Indian Medical Review
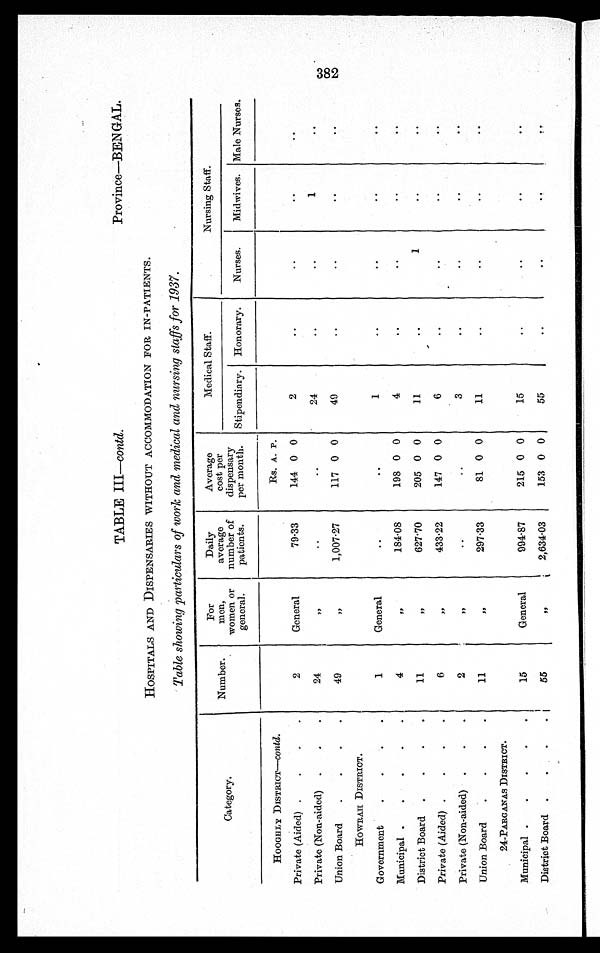
TABLE III—contd.
Province—BENGAL.
HOSPITALS AND DISPENSARIES WITHOUT ACCOMMODATION FOR IN-PATIENTS.
Table showing particulars of work and medical and nursing staffs for 1937.
Category.
Number.
For
men,
women or
general.
Daily
average
number of
patients.
Average
cost per
dispensary
per month.
Medical Staff.
Nursing Staff.
Stipendiary. Honorary.
Nurses.
Midwives. Male Nurses.
HOOGHLY DISTRICT —contd.
Rs. A. P.
Private (Aided)
2
General
79·33
144 0 0
2
..
..
..
..
Private (Non-aided)
24
,,
..
..
24
..
..
1
..
Union Board
49
, ,
1,007·27
117 0 0
49
..
..
..
..
HOWRAH DISTRICT.
Government
1
General
. .
. .
1
. .
. .
. .
. .
Municipal
4
, ,
184·08
198 0 0
4
..
..
..
. .
District Board
11
, ,
627·70
205 0 0
11
1
..
..
Private (Aided)
6
, ,
433·22
147 0 0
6
..
..
..
. .
Private (Non-aided)
2
, ,
. .
. .
3
..
..
..
..
Union Board
11
, ,
297·33
81 0 0
11
..
..
..
..
24-PARGANAS DISTRICT.
Municipal
15
General
994·87
215 0 0
15
..
..
..
..
District Board
55
, ,
2,634·03
153 0 0
55
..
..
..
..
382